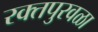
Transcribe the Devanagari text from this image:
रक्तपुरवळा